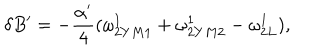
\delta B ^ { \prime } = - { \frac { \alpha ^ { \prime } } { 4 } } ( \omega _ { 2 Y M 1 } ^ { 1 } + \omega _ { 2 Y M 2 } ^ { 1 } - \omega _ { 2 L } ^ { 1 } ) ,